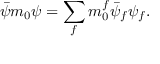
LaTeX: \bar { \psi } m _ { 0 } \psi = \sum _ { f } m _ { 0 } ^ { f } \bar { \psi } _ { f } \psi _ { f } .